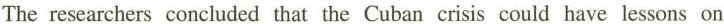
The researchers concluded that the Cuban crisis could have lessons on